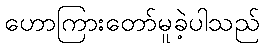
ဟောကြားတော်မူခဲ့ပါသည်